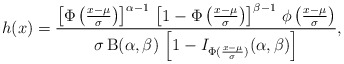
\begin{align*}h(x)&=\frac{\left[\Phi\left(\frac{x-\mu}{\sigma}\right)\right]^{\alpha-1}\,\left[1-\Phi\left(\frac{x-\mu}{\sigma}\right)\right]^{\beta-1}\,\phi\left(\frac{x-\mu}{\sigma}\right)}{\sigma\,\mathrm{B}(\alpha,\beta)\,\left[1-I_{\Phi(\frac{x-\mu}{\sigma})}(\alpha,\beta)\right]},\end{align*}